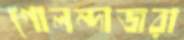
গোলন্দাজরা